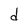
Character: d